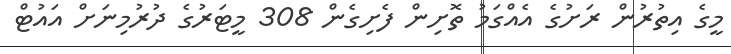
މީގެ އިތުރުން ރަށުގެ އެއްގަމު ތޮށިން ފެށިގެން 308 މީޓަރުގެ ދުރުމިނަށް އައުޓް